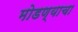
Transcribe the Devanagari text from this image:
मोडण्याचा